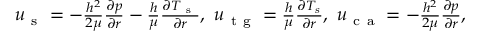
\begin{array} { r } { u _ { \mathrm { ~ s ~ } } = - \frac { h ^ { 2 } } { 2 \mu } \frac { \partial p } { \partial r } - \frac { h } { \mu } \frac { \partial T _ { \mathrm { ~ s ~ } } } { \partial r } , \ u _ { \mathrm { ~ t ~ g ~ } } = \frac { h } { \mu } \frac { \partial T _ { s } } { \partial r } , \ u _ { \mathrm { ~ c ~ a ~ } } = - \frac { h ^ { 2 } } { 2 \mu } \frac { \partial p } { \partial r } , } \end{array}